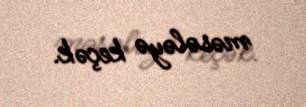
məsələyə keçək.